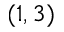
( 1 , 3 )